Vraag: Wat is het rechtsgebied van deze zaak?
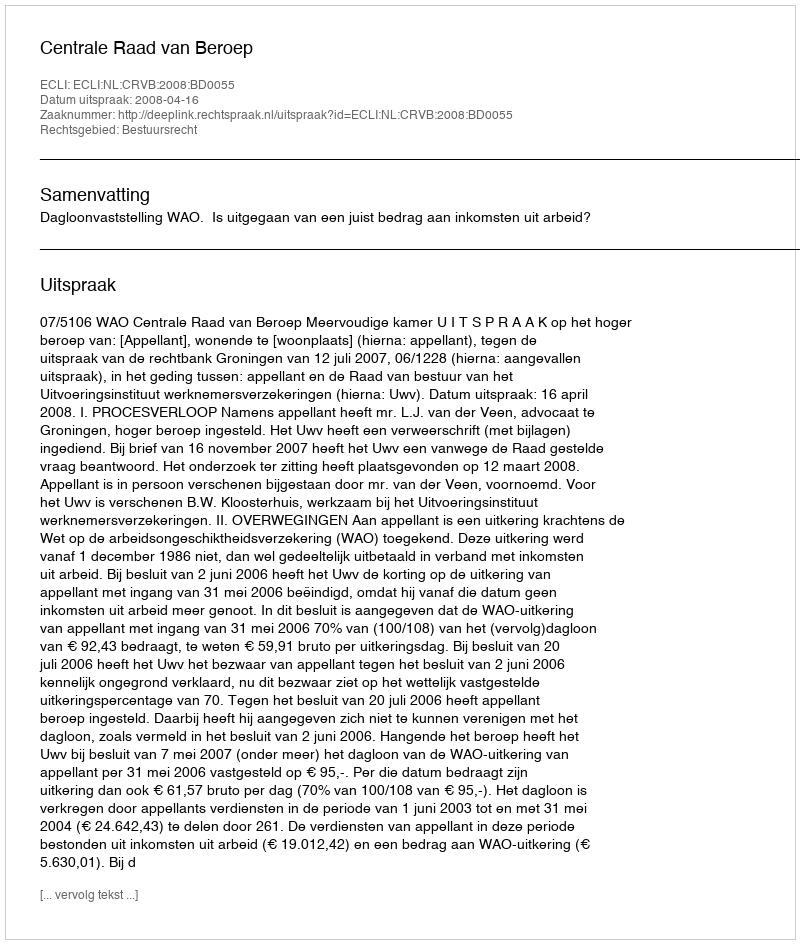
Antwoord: Bestuursrecht